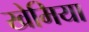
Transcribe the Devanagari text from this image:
खेमिया